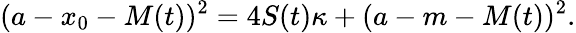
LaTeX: (a-x_{0}-M(t))^{2}=4S(t)\kappa+(a-m-M(t))^{2}.